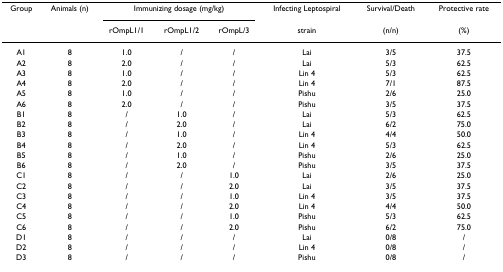
| Group | Animals (n) | <COLSPAN=3> Immunizing dosage (mg/kg) | Infecting Leptospiral | Survival/Death | Protective rate |
 |  |  | rOmpL1/1 | rOmpL1/2 | rOmpL/3 | strain | (n/n) | (%) |
 | --- | --- | --- | --- | --- | --- | --- | --- |
 | A1 | 8 | 1.0 | / | / | Lai | 3/5 | 37.5 |
 | A2 | 8 | 2.0 | / | / | Lai | 5/3 | 62.5 |
 | A3 | 8 | 1.0 | / | / | Lin 4 | 5/3 | 62.5 |
 | A4 | 8 | 2.0 | / | / | Lin 4 | 7/1 | 87.5 |
 | A5 | 8 | 1.0 | / | / | Pishu | 2/6 | 25.0 |
 | A6 | 8 | 2.0 | / | / | Pishu | 3/5 | 37.5 |
 | B1 | 8 | / | 1.0 | / | Lai | 5/3 | 62.5 |
 | B2 | 8 | / | 2.0 | / | Lai | 6/2 | 75.0 |
 | B3 | 8 | / | 1.0 | / | Lin 4 | 4/4 | 50.0 |
 | B4 | 8 | / | 2.0 | / | Lin 4 | 5/3 | 62.5 |
 | B5 | 8 | / | 1.0 | / | Pishu | 2/6 | 25.0 |
 | B6 | 8 | / | 2.0 | / | Pishu | 3/5 | 37.5 |
 | C1 | 8 | / | / | 1.0 | Lai | 2/6 | 25.0 |
 | C2 | 8 | / | / | 2.0 | Lai | 3/5 | 37.5 |
 | C3 | 8 | / | / | 1.0 | Lin 4 | 3/5 | 37.5 |
 | C4 | 8 | / | / | 2.0 | Lin 4 | 4/4 | 50.0 |
 | C5 | 8 | / | / | 1.0 | Pishu | 5/3 | 62.5 |
 | C6 | 8 | / | / | 2.0 | Pishu | 6/2 | 75.0 |
 | D1 | 8 | / | / | / | Lai | 0/8 | / |
 | D2 | 8 | / | / | / | Lin 4 | 0/8 | / |
 | D3 | 8 | / | / | / | Pishu | 0/8 | / |